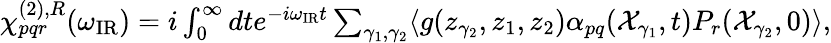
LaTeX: \begin{array}{r}{\chi_{pqr}^{(2),R}(\omega_{\mathrm{IR}})=i\int_{0}^{\infty}dte^{-i\omega_{\mathrm{IR}}t}\sum_{\gamma_{1},\gamma_{2}}\langle g(z_{\gamma_{2}},z_{1},z_{2})\alpha_{pq}(\mathcal{X}_{\gamma_{1}},t)P_{r}(\mathcal{X}_{\gamma_{2}},0)\rangle,}\end{array}